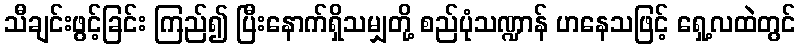
သီချင်းဖွင့်ခြင်း ကြည်၍ ပြီးနောက်ရှိသမျှတို့ စည်ပုံသဏ္ဍာန် ဟနေသဖြင့် ရှေ့လထဲတွင်